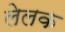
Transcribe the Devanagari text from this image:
लेलक